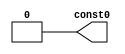
//
//
//
//
//
//
//
//
`timescale 1ns / 1ps

//
module const0(const0);
//
output [0:0] const0;

//
//


//
//

	assign const0[0] = 1'b0;
endmodule
//

//
module const1(const1);
//
output [0:0] const1;

//
//


//
//

	assign const1[0] = 1'b1;
endmodule
//